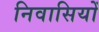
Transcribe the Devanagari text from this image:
निवासियोँ